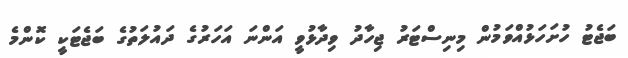
ބަޖެޓު ހުށަހަޅުއްވަމުން މިނިސްޓަރު ޖިހާދު ވިދާޅުވީ އަންނަ އަހަރުގެ ދައުލަތުގެ ބަޖެޓަކީ ކޮންމެ